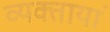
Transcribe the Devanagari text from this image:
व्यक्तायां